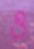
ও